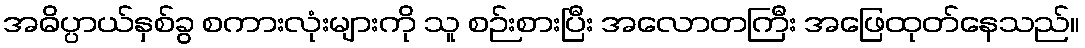
အဓိပ္ပာယ်နှစ်ခွ စကားလုံးများကို သူ စဉ်းစားပြီး အလောတကြီး အဖြေထုတ်နေသည်။